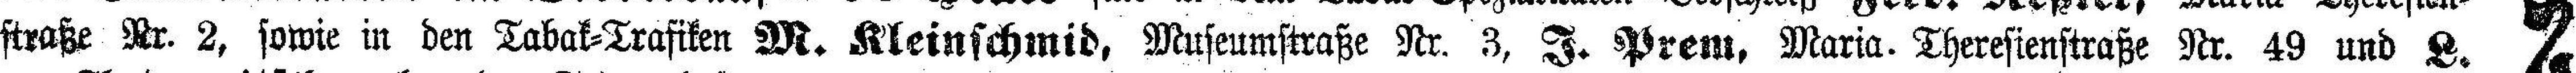
straße Nr. 2, sowie in den Tabak=Trafiken M. Kleinschmid, Museumstraße Nr. 3, J. Prem, Maria. Theresienstraße Nr. 49 und L.